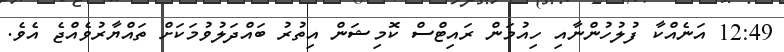
12:49 އަނެއްކާ ފުލުހުންނާއި ހިއުމަން ރައިޓްސް ކޮމިޝަން އިތުރު ބައްދަލުވުމަކަށް ތައްޔާރުވެއްޖެ އެވެ.